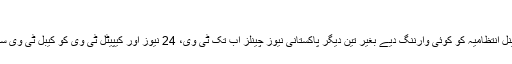
‘
آر ایس ایف کے مطابق: ’آٹھ جولائی کو چینل انتظامیہ کو کوئی وارننگ دیے بغیر تین دیگر پاکستانی نیوز چینلز اب تک ٹی وی، 24 نیوز اور کیپیٹل ٹی وی کو کیبل ٹی وی سے ہٹا دیا گیا، جو کئی دن تک معطل رہے۔